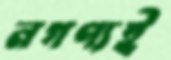
নগণ্যই